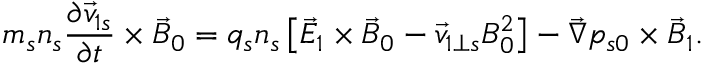
m _ { s } n _ { s } \frac { \partial \vec { v } _ { 1 s } } { \partial t } \times \vec { B } _ { 0 } = q _ { s } n _ { s } \left[ \vec { E } _ { 1 } \times \vec { B } _ { 0 } - \vec { v } _ { 1 \perp s } B _ { 0 } ^ { 2 } \right] - \vec { \nabla } p _ { s 0 } \times \vec { B } _ { 1 } .